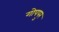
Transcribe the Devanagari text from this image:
गोपपुर